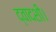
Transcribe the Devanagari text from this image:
द्वादशी।